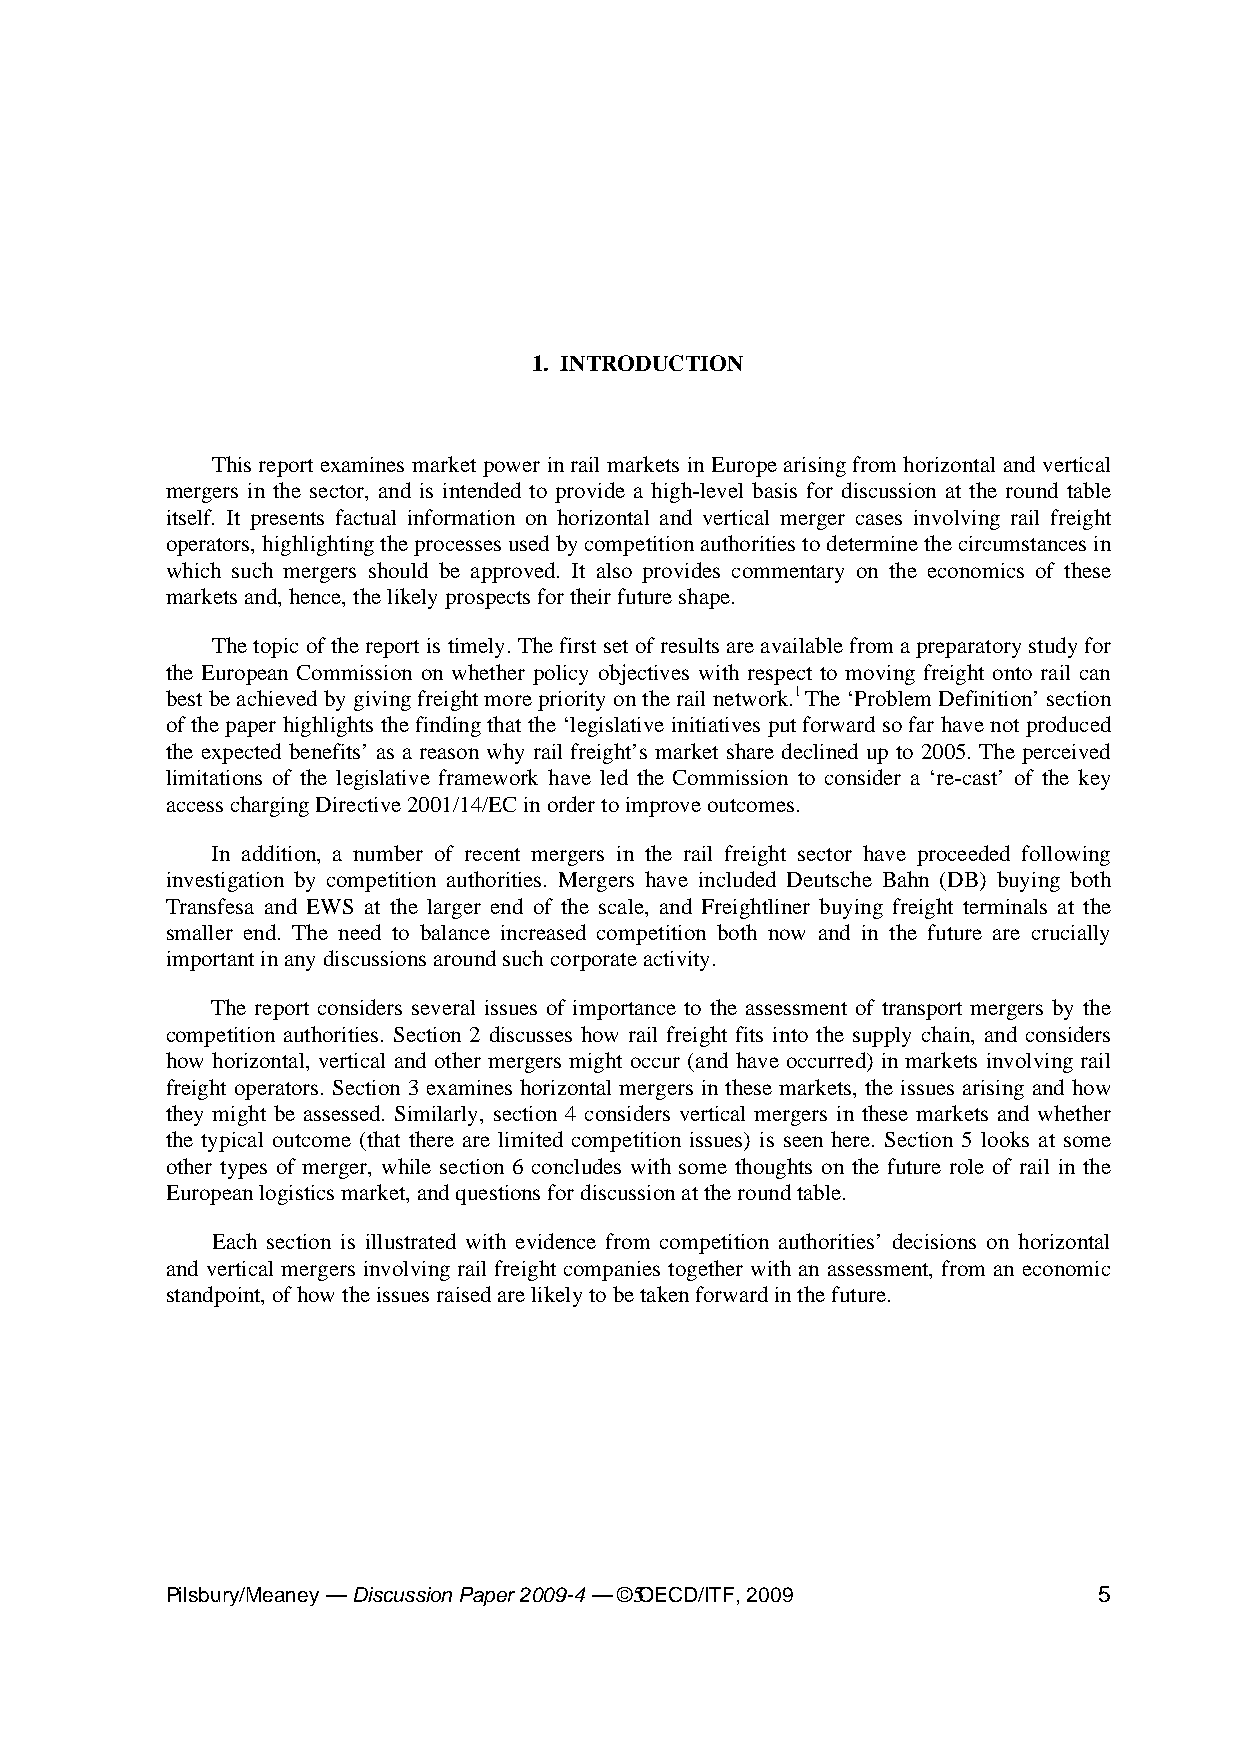
1. INTRODUCTION
 This report examines market power in rail markets in Europe arising from horizontal and vertical
 mergers in the sector, and is intended to provide a high-level basis for discussion at the round table
 itself. It presents factual information on horizontal and vertical merger cases involving rail freight
 operators, highlighting the processes used by competition authorities to determine the circumstances in
 which such mergers should be approved. It also provides commentary on the economics of these
 markets and, hence, the likely prospects for their future shape.
 The topic of the report is timely. The first set of results are available from a preparatory study for
 the European Commission on whether policy objectives with respect to moving freight onto rail can
 best be achieved by giving freight more priority on the rail network.1 The ‘Problem Definition’ section
 of the paper highlights the finding that the ‘legislative initiatives put forward so far have not produced
 the expected benefits’ as a reason why rail freight’s market share declined up to 2005. The perceived
 limitations of the legislative framework have led the Commission to consider a ‘re-cast’ of the key
 access charging Directive 2001/14/EC in order to improve outcomes.
 In addition, a number of recent mergers in the rail freight sector have proceeded following
 investigation by competition authorities. Mergers have included Deutsche Bahn (DB) buying both
 Transfesa and EWS at the larger end of the scale, and Freightliner buying freight terminals at the
 smaller end. The need to balance increased competition both now and in the future are crucially
 important in any discussions around such corporate activity.
 The report considers several issues of importance to the assessment of transport mergers by the
 competition authorities. Section 2 discusses how rail freight fits into the supply chain, and considers
 how horizontal, vertical and other mergers might occur (and have occurred) in markets involving rail
 freight operators. Section 3 examines horizontal mergers in these markets, the issues arising and how
 they might be assessed. Similarly, section 4 considers vertical mergers in these markets and whether
 the typical outcome (that there are limited competition issues) is seen here. Section 5 looks at some
 other types of merger, while section 6 concludes with some thoughts on the future role of rail in the
 European logistics market, and questions for discussion at the round table.
 Each section is illustrated with evidence from competition authorities’ decisions on horizontal
 and vertical mergers involving rail freight companies together with an assessment, from an economic
 standpoint, of how the issues raised are likely to be taken forward in the future.
 Pilsbury/Meaney — Discussion Paper 2009-4 — ©5 OECD/ITF, 2009 5